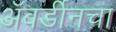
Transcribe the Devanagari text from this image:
अॅबर्डीनचा